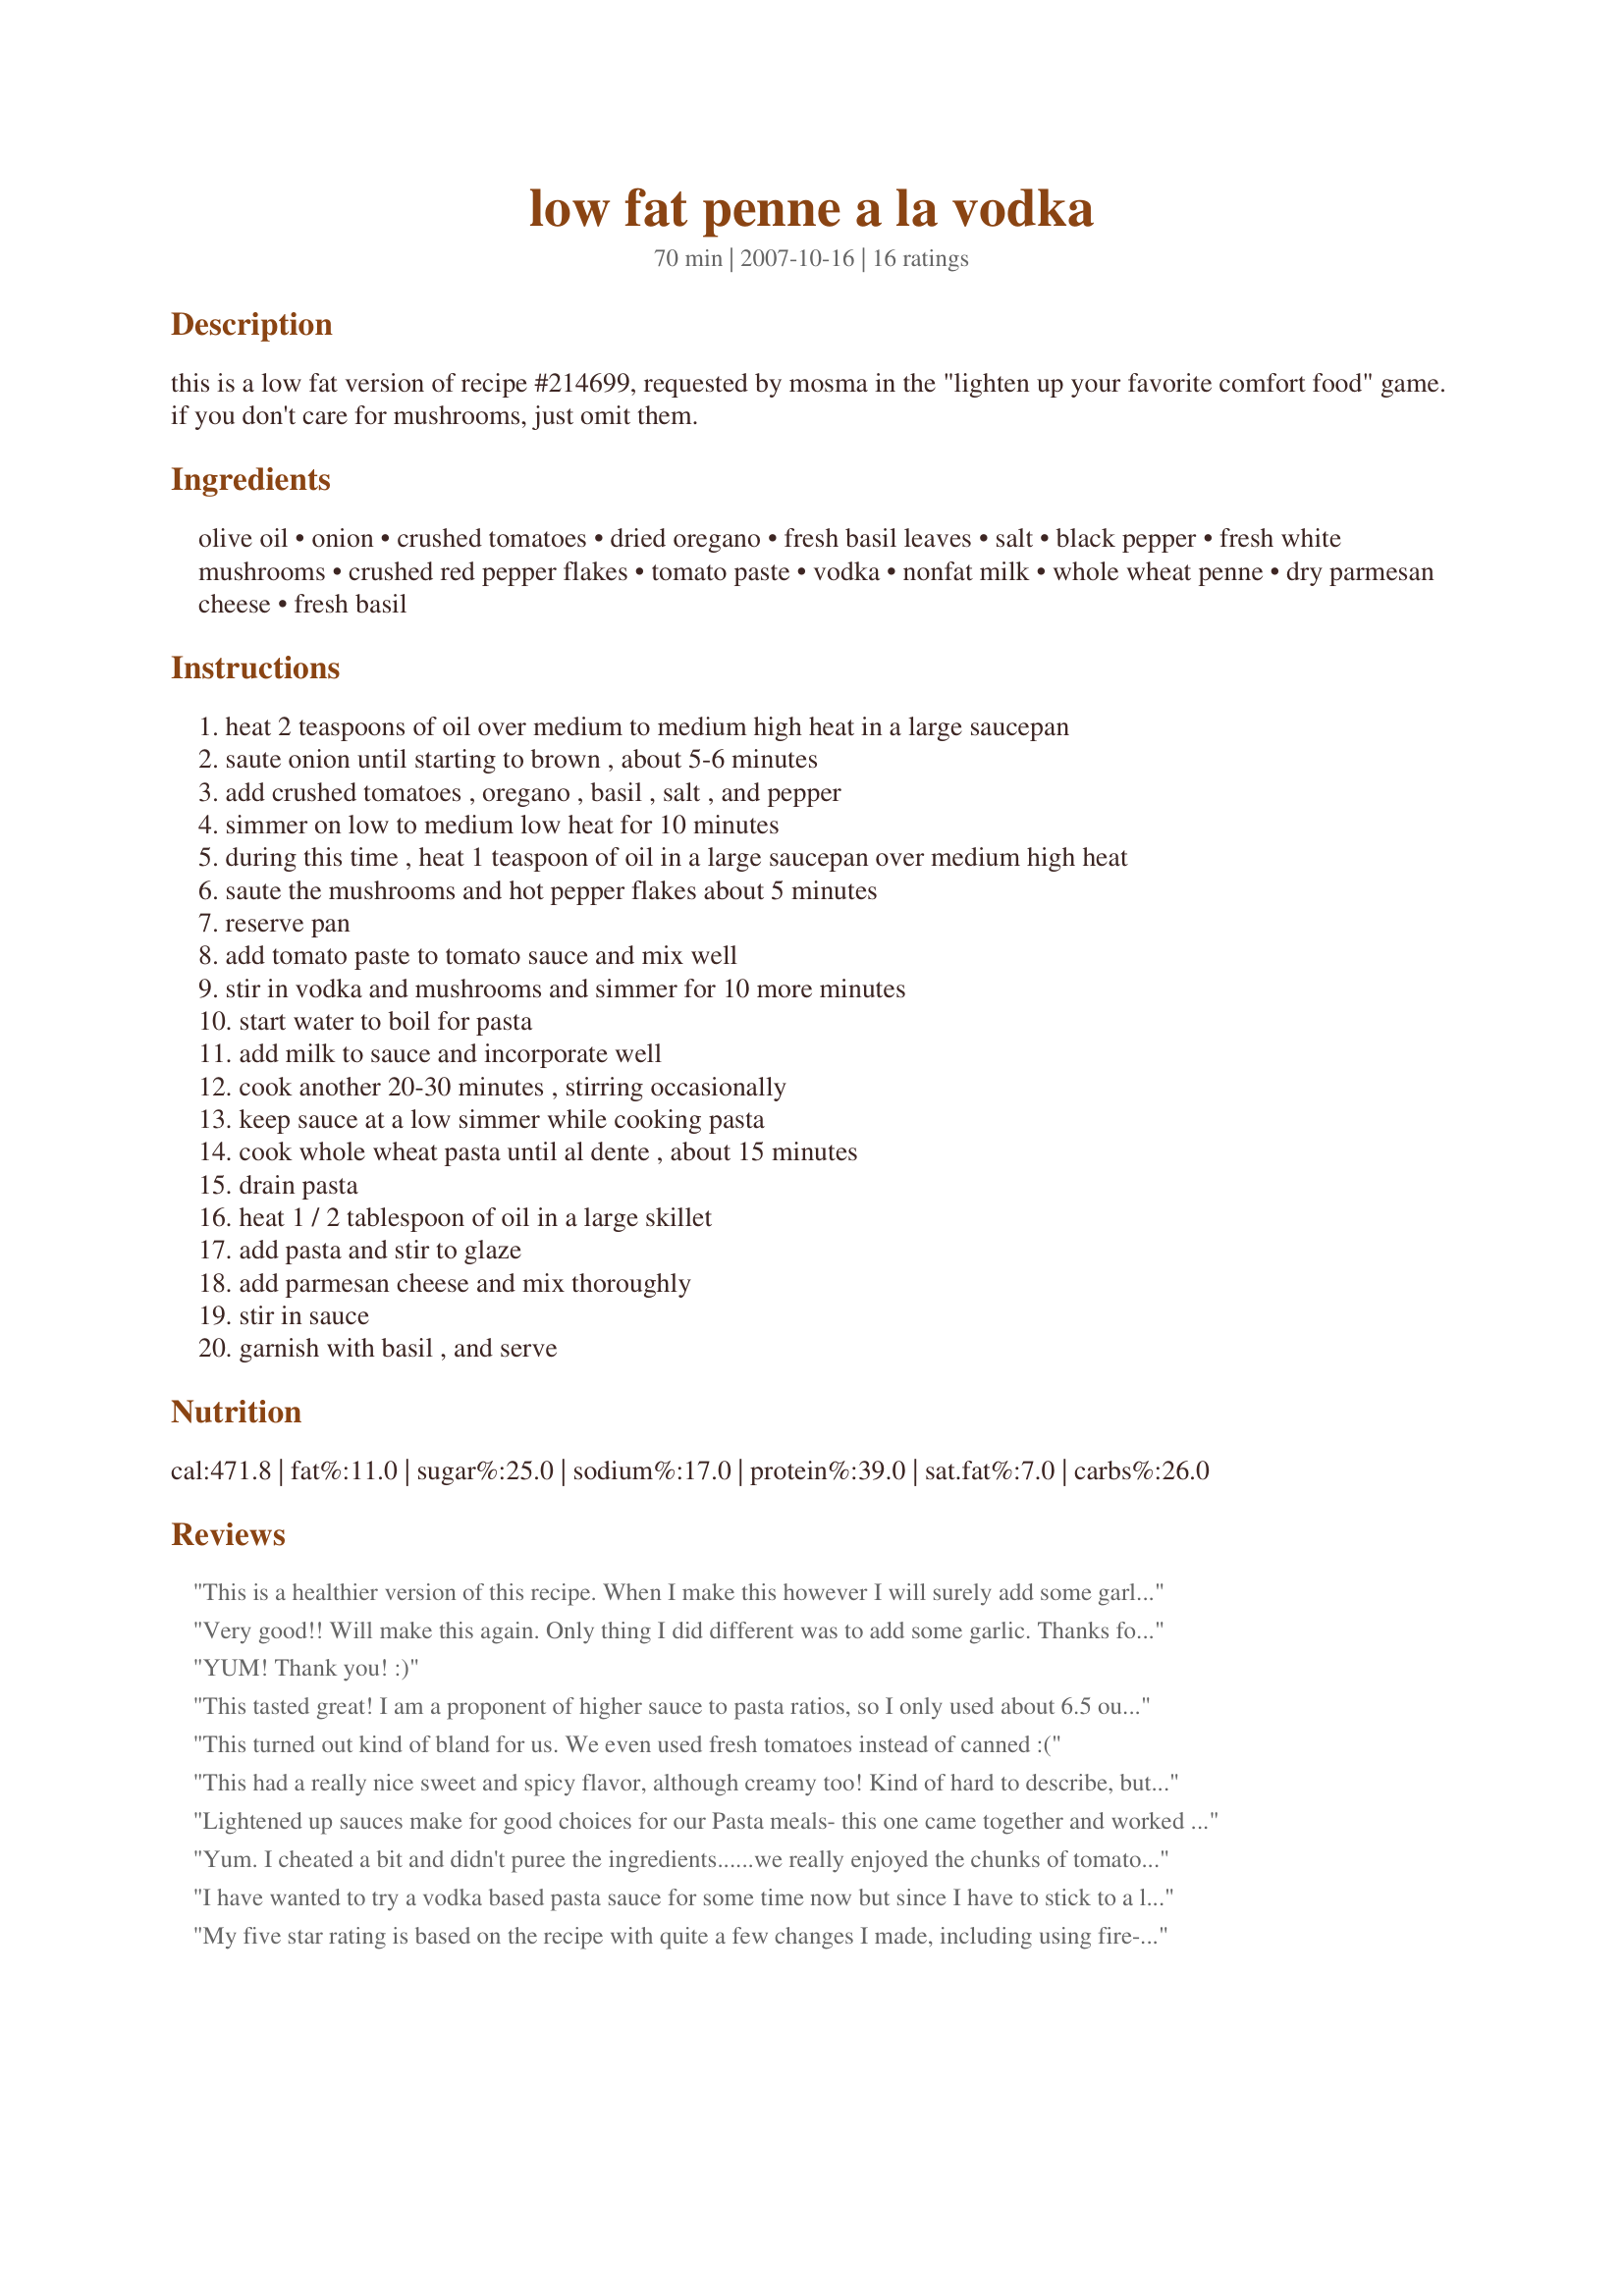
low fat penne a la vodka
Preparation time: 70 minutes

this is a low fat version of recipe #214699, requested by mosma in the "lighten up your favorite comfort food" game. if you don't care for mushrooms, just omit them.

Ingredients:
olive oil, onion, crushed tomatoes, dried oregano, fresh basil leaves, salt, black pepper, fresh white mushrooms, crushed red pepper flakes, tomato paste, vodka, nonfat milk, whole wheat penne, dry parmesan cheese, fresh basil

Steps:
heat 2 teaspoons of oil over medium to medium high heat in a large saucepan
saute onion until starting to brown , about 5-6 minutes
add crushed tomatoes , oregano , basil , salt , and pepper
simmer on low to medium low heat for 10 minutes
during this time , heat 1 teaspoon of oil in a large saucepan over medium high heat
saute the mushrooms and hot pepper flakes about 5 minutes
reserve pan
add tomato paste to tomato sauce and mix well
stir in vodka and mushrooms and simmer for 10 more minutes
start water to boil for pasta
add milk to sauce and incorporate well
cook another 20-30 minutes , stirring occasionally
keep sauce at a low simmer while cooking pasta
cook whole wheat pasta until al dente , about 15 minutes
drain pasta
heat 1 / 2 tablespoon of oil in a large skillet
add pasta and stir to glaze
add parmesan cheese and mix thoroughly
stir in sauce
garnish with basil , and serve

Reviews:
This is a healthier version of this recipe. When I make this however I will surely add some garlic as well.
Very good!! Will make this again. Only thing I did different was to add some garlic. Thanks for sharing a great recipe!! FYI - One of those little bottles of Vodka you get at the liquor store measures 1/4 c exactly. The last one I bought was about $1.00.
YUM! Thank you! :)
This tasted great! I am a proponent of higher sauce to pasta ratios, so I only used about 6.5 ounces penne. I omitted mushrooms as I don't eat them, and instead of 1 cup nonfat milk I used 1/2 cup nonfat half and half. I also added two minced garlic cloves, as I considered it a crucial ingredient of most pasta sauces that was oddly missing here!? Otherwise no changes. This had a wonderful, slightly sweet taste. I would make this again. BF liked it too.
This turned out kind of bland for us. We even used fresh tomatoes instead of canned :(
This had a really nice sweet and spicy flavor, although creamy too! Kind of hard to describe, but my family really enjoyed it! I used stewed tomatoes and lowfat milk. Served with regular penne pasta and topped with italian seasoning instead of fresh basil (as my family thinks it's too strong tasting) I will make this again for sure. Thanks for sharing ~V
Lightened up sauces make for good choices for our Pasta meals- this one came together and worked well for us. Made as posted using whole wheat Penne, the fresh mushrooms, with fresh basil from my backyard garden. Enjoyed, likely won't add the Vodka next time around, know it won't be a La Vodka but remains - it will be a good low fat Penne for the meals that are lightened up. Thank you Maito.
Yum. I cheated a bit and didn't puree the ingredients......we really enjoyed the chunks of tomatoes. Thanks for sharing this delish recipe.
I have wanted to try a vodka based pasta sauce for some time now but since I have to stick to a low fat eating plan I have always skipped over the recipes because so many use cream and often heavy cram at that. So, I was really pleased to be able to give this recipe a try. We had it along side a green salad and it made for a tasty evening meal. I used a cooking spray instead of the oil to 'fry' the onions and the mushrooms to knock a bit more fat out of it and then just used the amount of oil suggested for glazing the pasta towards the end and I think that worked out well. Made for the Family Picks portion of the ZWT4.
My five star rating is based on the recipe with quite a few changes I made, including using fire-roasted crushed tomatoes, light alfredo sauce in place of the milk and baby portobellos for the mushrooms. I added the mushrooms to the onions after the onions were cooked - but before the tomatoes - to cut down on the number of pans used. The red pepper flakes, chopped fresh basil and vodka are important flavor in the sauce. I skipped Step#8/glazing and added the pasta to the pan with the sauce and stirred, then sprinkled cheese across the top on the plates.
My family thought this was delicious. It was very easy to make, and I thought about maybe adding some garlic, but didn't, and in the end I didn't miss it. I made it just as is and thought it was really yummy.
This was really good. The measurements in each ingredient was just right, except for the cheese. I love cheese so I added more of it. And I used the whole wheat rigatoni.
I was searching and searching for a lowfat vodka sauce and lo and behold! I added a ton of garlic because I am a garlic-girl but other than that, my mom (yes, my MOM) raved about this as the best thing I've ever made. So, thanks! This one's a keeper! Ps. Makes for a great pre-race pasta dinner!
This was excellent. I did add just a few garlic cloves and used the skim milk. I also added a few Tbls of parmesan cheese. It tasted just as flavorful as the vodka penne I&#039;ve had at some very nice italien restaurants. Very easy to put together. Will make this a staple.
We liked this. Everyone ate it fairly well. I also added garlic. I think the sauce is missing something...and it could just be that my tastes were not on it tonight. I've never had vodka sauce until today, but I liked this! I will try it again and maybe add more garlic or use 1% milk instead of skim. Thanks for sharing!
This was delicious! I enjoyed the spicy yet creamy taste. A keeper, for sure.
